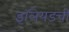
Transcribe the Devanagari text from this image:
इलियडची